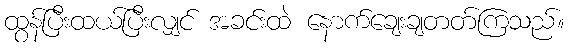
ထွန်ပြီးထယ်ပြီးလျှင် အခင်းထဲ နောက်ချေးချတတ်ကြသည်။